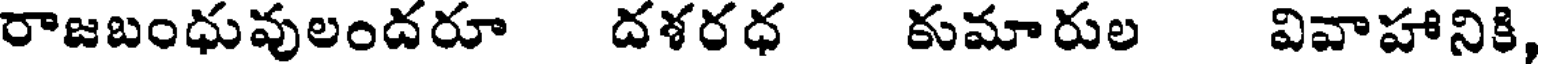
రాజబంధువులందరూ దశరధ కుమారుల వివాహానికి,